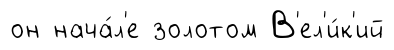
он нача́л'е золотом В'ел'и́к'ий